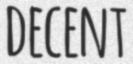
DECENT